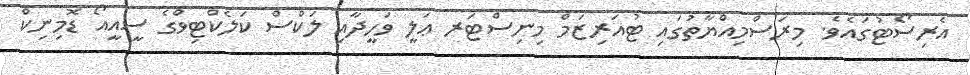
އެރިސޯޓުގައެވެ. މިރަސްމިއްޔާތުގައި ޓުއަރިޒަމް މިނިސްޓަރ ޢަލީ ވަހީދާއި ލަކްސް ކަލެކްޓިވްގެ ސީއީއޯ ޑޮމިނިކް